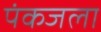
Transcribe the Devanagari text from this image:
पंकजला